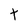
Character: t